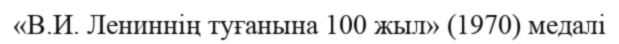
«В.И. Лениннің туғанына 100 жыл» (1970) медалі